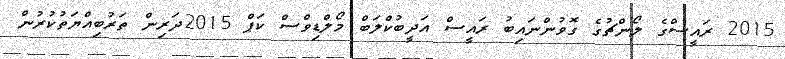
2015 ރައީސްގެ ލޯންޗުގެ ގޮވުންނައިބު ރައީސް އަދީބުކްލަބް މޯލްޑިވްސް ކަޕް 2015ދަރިން ތަރުބިއްޔަތުކުރުން